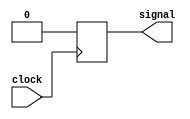
module pulse (input clock, output reg signal);
    always @(posedge clock)
    begin
        signal <= 1'b1;
        #3 signal <= 1'b0;
        #3 signal <= 1'b1;
        #3 signal <= 1'b0;
    end
endmodule